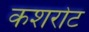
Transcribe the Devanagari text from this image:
कशरोट